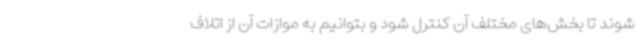
شوند تا بخش‌های مختلف آن کنترل شود و بتوانیم به موازات آن از اتلاف